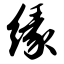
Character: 缘